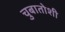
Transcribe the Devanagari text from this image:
चुबातोशी